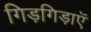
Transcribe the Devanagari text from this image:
गिड़गिड़ाएॅ